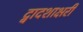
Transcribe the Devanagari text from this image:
द्वादशाक्षरी